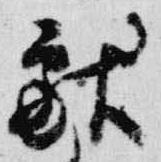
献